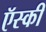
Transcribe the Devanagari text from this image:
ऍस्की